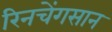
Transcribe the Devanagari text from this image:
रिनचेंगसान